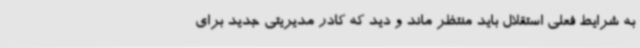
به شرایط فعلی استقلال باید منتظر ماند و دید که کادر مدیریتی جدید برای